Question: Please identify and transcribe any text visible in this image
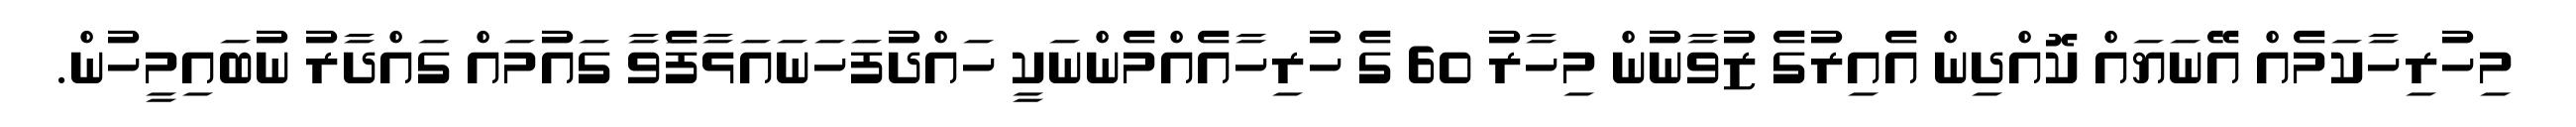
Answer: މިހުރިހާކަމެއް އޭނަޔައް ކޮއްދިން އެއިރުގެ ޒުވާނުން މިހާރު 60 ގެ ހުރިހާއެއްމެންނަކީ ހައްދުފަހަނައަޅާފަެވާ ގައުމައް ގައްދާރު ނުބައިމީހުން.